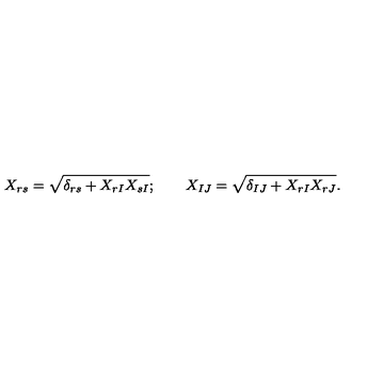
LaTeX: X _ { r s } = \sqrt { \delta _ { r s } + X _ { r I } X _ { s I } } ; \qquad X _ { I J } = \sqrt { \delta _ { I J } + X _ { r I } X _ { r J } } .